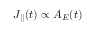
J _ { | | } ( t ) \propto A _ { E } ( t )